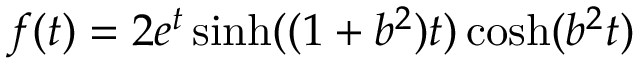
f ( t ) = 2 e ^ { t } \sinh ( ( 1 + b ^ { 2 } ) t ) \cosh ( b ^ { 2 } t )